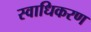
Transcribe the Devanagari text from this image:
स्वाधिकरण